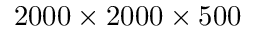
2 0 0 0 \times 2 0 0 0 \times 5 0 0